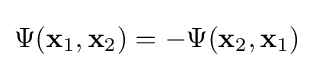
\Psi (\mathbf {x} _{1},\mathbf {x} _{2})=-\Psi (\mathbf {x} _{2},\mathbf {x} _{1})